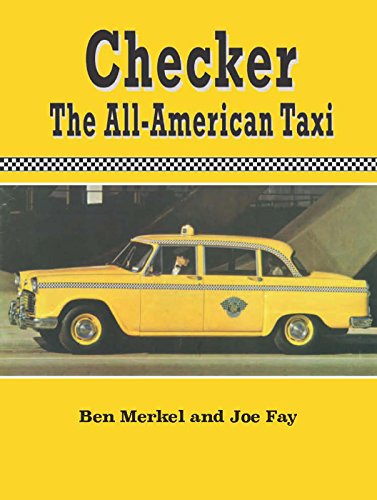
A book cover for Checker the All-American Taxi; Ben Merkel; Engineering & Transportation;